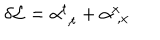
\delta { \cal L } = \alpha _ { \; , t } ^ { t } + \alpha _ { \; , x } ^ { x }